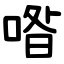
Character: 喒